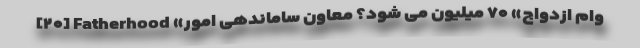
[۲۰] Fatherhood «وام ازدواج» ۷۰ میلیون می شود؟ معاون ساماندهی امور